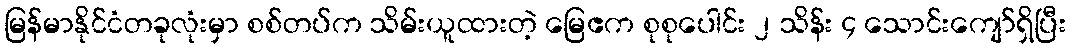
မြန်မာနိုင်ငံတခုလုံးမှာ စစ်တပ်က သိမ်းယူထားတဲ့ မြေဧက စုစုပေါင်း ၂ သိန်း ၄ သောင်းကျော်ရှိပြီး